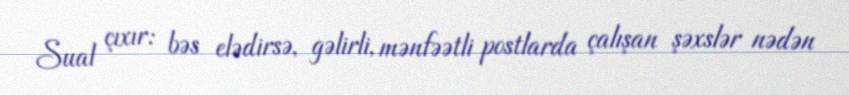
Sual çıxır: bəs elədirsə, gəlirli, mənfəətli postlarda çalışan şəxslər nədən